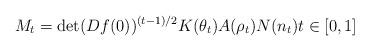
LaTeX: \begin{align*}M_t=\det(Df(0))^{(t-1)/2} K(\theta_t)A(\rho_t)N(n_t) t\in[0,1]\end{align*}